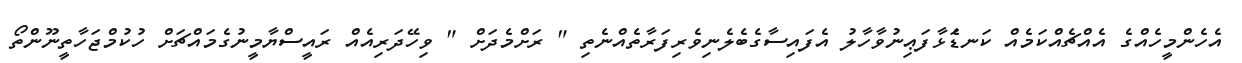
އެހެންމީހެއްގެ އެެއްޗެއްކަމެއް ކަނޑަެަޅާފަޢިނުވާހާލު އެފައިސާގެބެލެނިވެރިފަރާތެއްނެތި " ރަށްމެދަށް " ވިހޭދަރިއެއް ރައީސްޔާމީނުގެމައްޗަށް ހުކުމްޖަހާތީނޫންތޯ